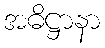
အဓိဋ္ဌာနာ